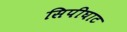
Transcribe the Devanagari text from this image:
सिपीघाट